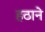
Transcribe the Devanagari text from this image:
हठाने